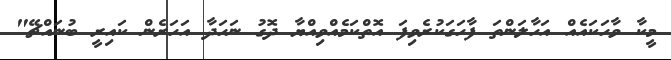
މީކާ ވާހަކައެއް އަހާލަންތަ ފާހަގަކުރެވިފަ އޮތްކަމެއްވިއްޔާ ދޮގު ނަހަދާ އަހަރެން ކައިރީ ބުނައްޗޭ"